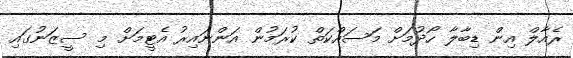
ރެއާލް އިން ޑިބާލާ ހޯދުމަށް މަސައްކަތް ކުރަމުން އަންނައިރު އެޓީމަށް މި ސީޒަނުގައި